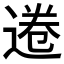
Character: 𫟩